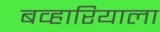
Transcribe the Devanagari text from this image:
बव्हारियाला